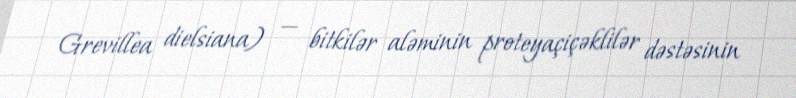
Grevillea dielsiana) — bitkilər aləminin proteyaçiçəklilər dəstəsinin